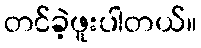
တင်ခဲ့ဖူးပါတယ်။